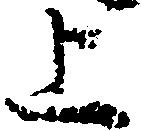
上